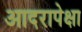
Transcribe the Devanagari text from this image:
आदरापेक्षा